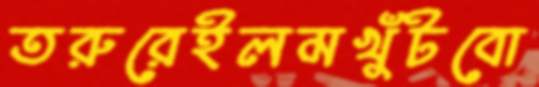
তরুরেইলমখুঁটবো